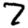
Digit: 7